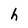
Character: h